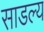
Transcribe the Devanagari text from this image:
साडल्य